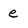
Character: e